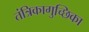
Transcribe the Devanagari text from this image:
तंत्रिकागुच्छिका